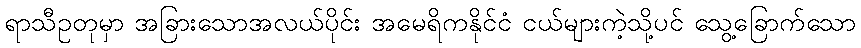
ရာသီဥတုမှာ အခြားသောအလယ်ပိုင်း အမေရိကနိုင်ငံ ငယ်များကဲ့သို့ပင် သွေ့ခြောက်သော